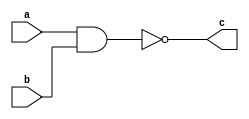
`timescale 1ns/1ps

module comp (c, a, b);
	output c;
	input a,b;
	wire d;
	and a1(d, a, b);
	not n1(c, d);
endmodule